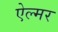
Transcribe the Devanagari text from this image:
ऐल्मर